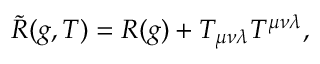
\tilde { R } ( g , T ) = R ( g ) + T _ { \mu \nu \lambda } T ^ { \mu \nu \lambda } ,